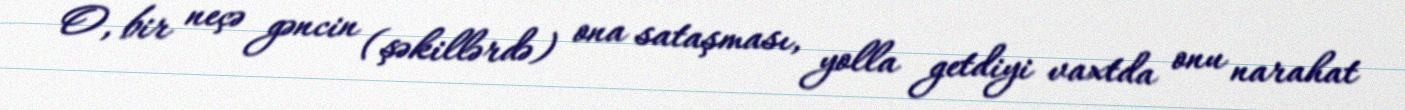
O, bir neçə gəncin (şəkillərdə) ona sataşması, yolla getdiyi vaxtda onu narahat